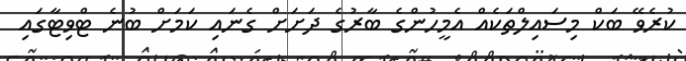
ކުރެވޭ ބަކް މިސައިލްތަކެއް އެމީހުންގެ ބާރުގެ ދަށަށް ގެނައި ކަމަށް ބުނެ ޓްވިޓާގައި